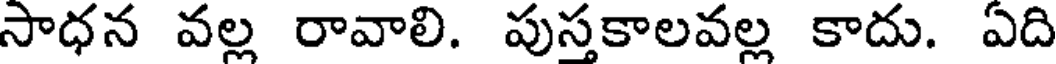
సాధన వల్ల రావాలి. పుస్తకాలవల్ల కాదు. ఏది